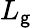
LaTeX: L_{\mathsf{g}}